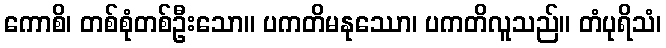
ကောစိ၊ တစ်စုံတစ်ဦးသော။ ပကတိမနုဿော၊ ပကတိလူသည်။ တံပုရိသံ၊